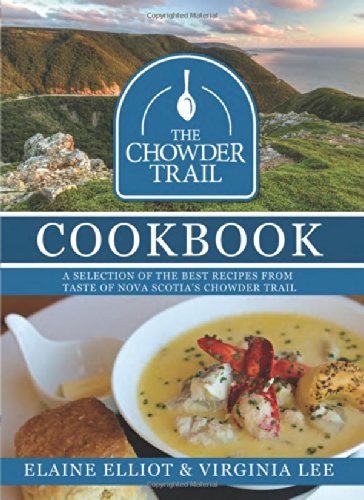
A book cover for The Chowder Trail Cookbook: A selection of the best recipes from Taste of Nova Scotia's Chowder Trail; Elaine Elliot; Cookbooks, Food & Wine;